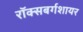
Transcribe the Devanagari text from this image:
रॉक्सबर्गशायर